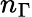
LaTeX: n_{\Gamma}